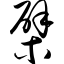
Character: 檗